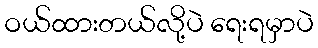
ဝယ်ထားတယ်လို့ပဲ ရေးရမှာပဲ